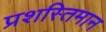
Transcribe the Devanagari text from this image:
प्रशस्तिमान